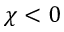
\chi < 0